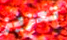
تعزيز